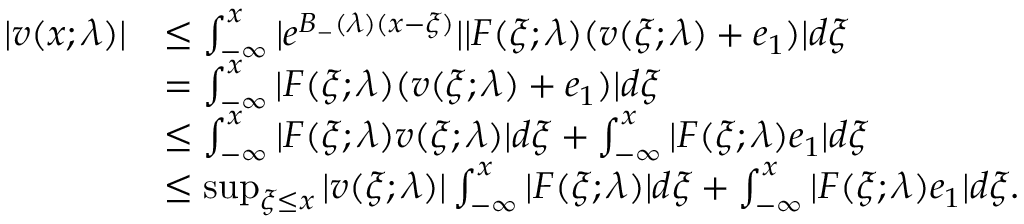
\begin{array} { r l } { | v ( x ; \lambda ) | } & { \le \int _ { - \infty } ^ { x } | e ^ { B _ { - } ( \lambda ) ( x - \xi ) } | | F ( \xi ; \lambda ) ( v ( \xi ; \lambda ) + e _ { 1 } ) | d \xi } \\ & { = \int _ { - \infty } ^ { x } | F ( \xi ; \lambda ) ( v ( \xi ; \lambda ) + e _ { 1 } ) | d \xi } \\ & { \le \int _ { - \infty } ^ { x } | F ( \xi ; \lambda ) v ( \xi ; \lambda ) | d \xi + \int _ { - \infty } ^ { x } | F ( \xi ; \lambda ) e _ { 1 } | d \xi } \\ & { \le \operatorname* { s u p } _ { \xi \le x } | v ( \xi ; \lambda ) | \int _ { - \infty } ^ { x } | F ( \xi ; \lambda ) | d \xi + \int _ { - \infty } ^ { x } | F ( \xi ; \lambda ) e _ { 1 } | d \xi . } \end{array}